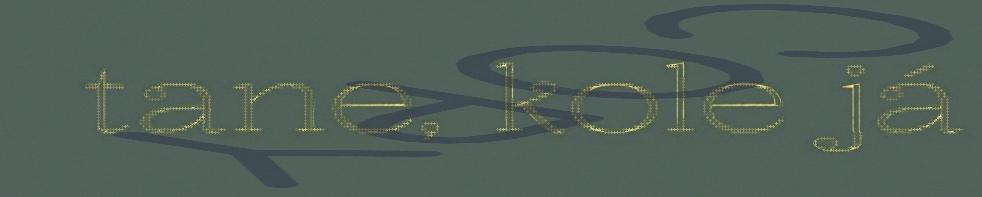
tane, kole já